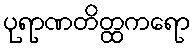
ပုရာဏတိတ္ထကရော